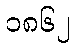
၁၈၆၂